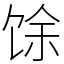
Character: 馀